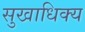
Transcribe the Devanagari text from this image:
सुखाधिक्य